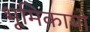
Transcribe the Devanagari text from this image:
भूमिकायो